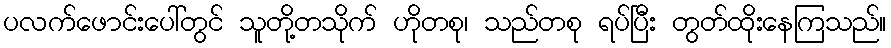
ပလက်ဖောင်းပေါ်တွင် သူတို့တသိုက် ဟိုတစု၊ သည်တစု ရပ်ပြီး တွတ်ထိုးနေကြသည်။